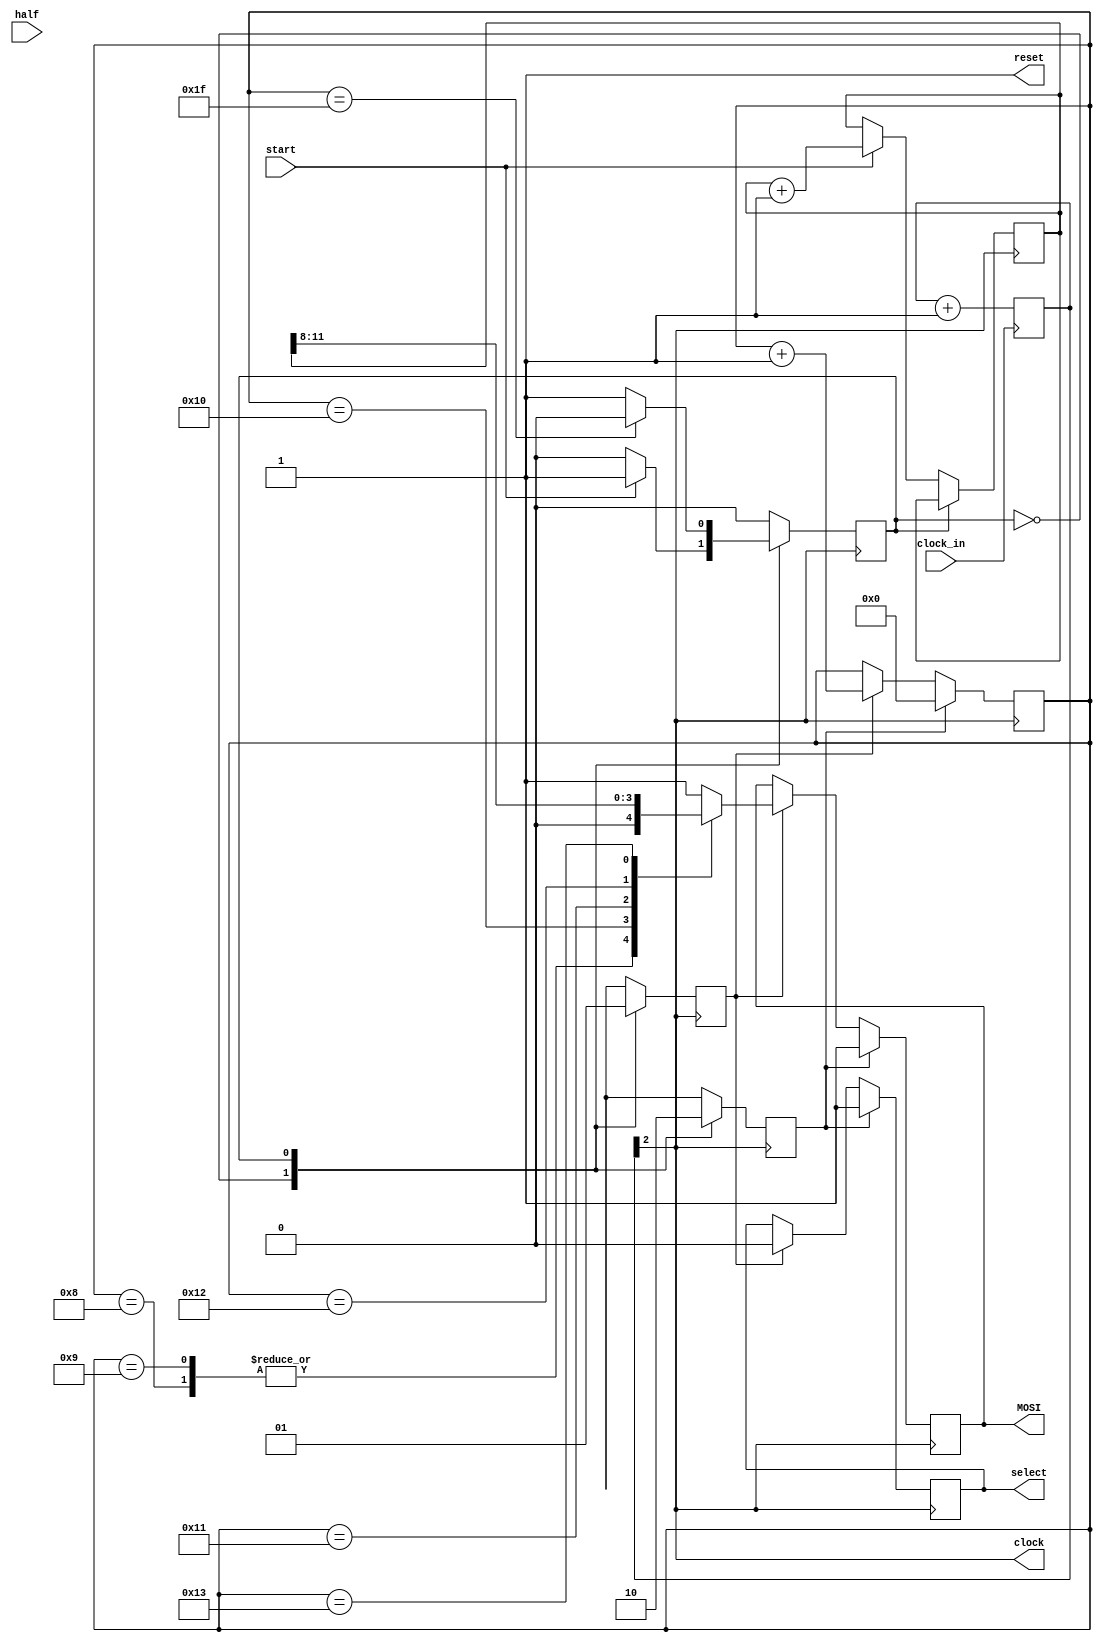
`timescale 1ns / 1ps
//////////////////////////////////////////////////////////////////////////////////
// Company: 
// Engineer: 
// 
// Design Name: 
// Module Name:    DAC 
// Project Name: 
// Target Devices: 
// Tool versions: 
// Description: 
//
// Dependencies: 
//
// Revision: 
// Revision 0.01 - File Created
// Additional Comments: 
//
//////////////////////////////////////////////////////////////////////////////////
module DAC(
    output reg select,
    output clock,
    output reg MOSI,
    output reset,
	 input start,
	 input clock_in,
	 input half
    );

assign reset = 1'b1;
reg [4:0] clock_counter = 5'b0;

always@(posedge clock_in)
begin 
clock_counter <= clock_counter + 1;
end
assign clock = clock_counter[2];

parameter S_idle = 1'b0,
			S_active = 1'b1;
			
reg state = S_idle;
reg [31:0] count;
reg T_0,T_1;
reg [11:0] volt_counter = 12'b0;

always@(posedge clock)
begin
case(state)
	S_idle:	begin
					T_0 <= 1'b1;
					T_1 <= 1'b0;
					if(start == 1'b1)
						begin
							state <= S_active;
							volt_counter <= volt_counter + 1;
						end
				end
	S_active: begin
					T_0 <= 1'b0;
					T_1 <= 1'b1;
					if(count == 5'b11111)
						state <= S_idle;
				end
endcase
end

always@(negedge clock)
begin
if(T_0 == 1'b1)
	begin
		select <= 1'b1;
		MOSI <= 1'b1;
		count <= 32'b0;
	end
	
else if(T_1 == 1'b1)
	begin 
		count <= count+1;
		select <= 1'b0;
		case(count)
			32'd8: MOSI<=1'b0;
			32'd9: MOSI<=1'b0;
			32'd16: MOSI <= volt_counter[11];
			32'd17: MOSI <= volt_counter[10];
			32'd18: MOSI <= volt_counter[9];
			32'd19: MOSI <= volt_counter[8];
//			32'd16: MOSI <= ~half;
			default: MOSI<=1'b1;		
		endcase
	end
end

endmodule